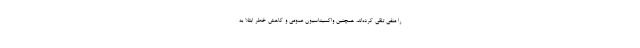
را منفی تلقی کرده‌اند، همچنین واکسیناسیون عمومی و کاهش خطر ابتلا به